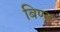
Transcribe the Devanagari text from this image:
बिण्त